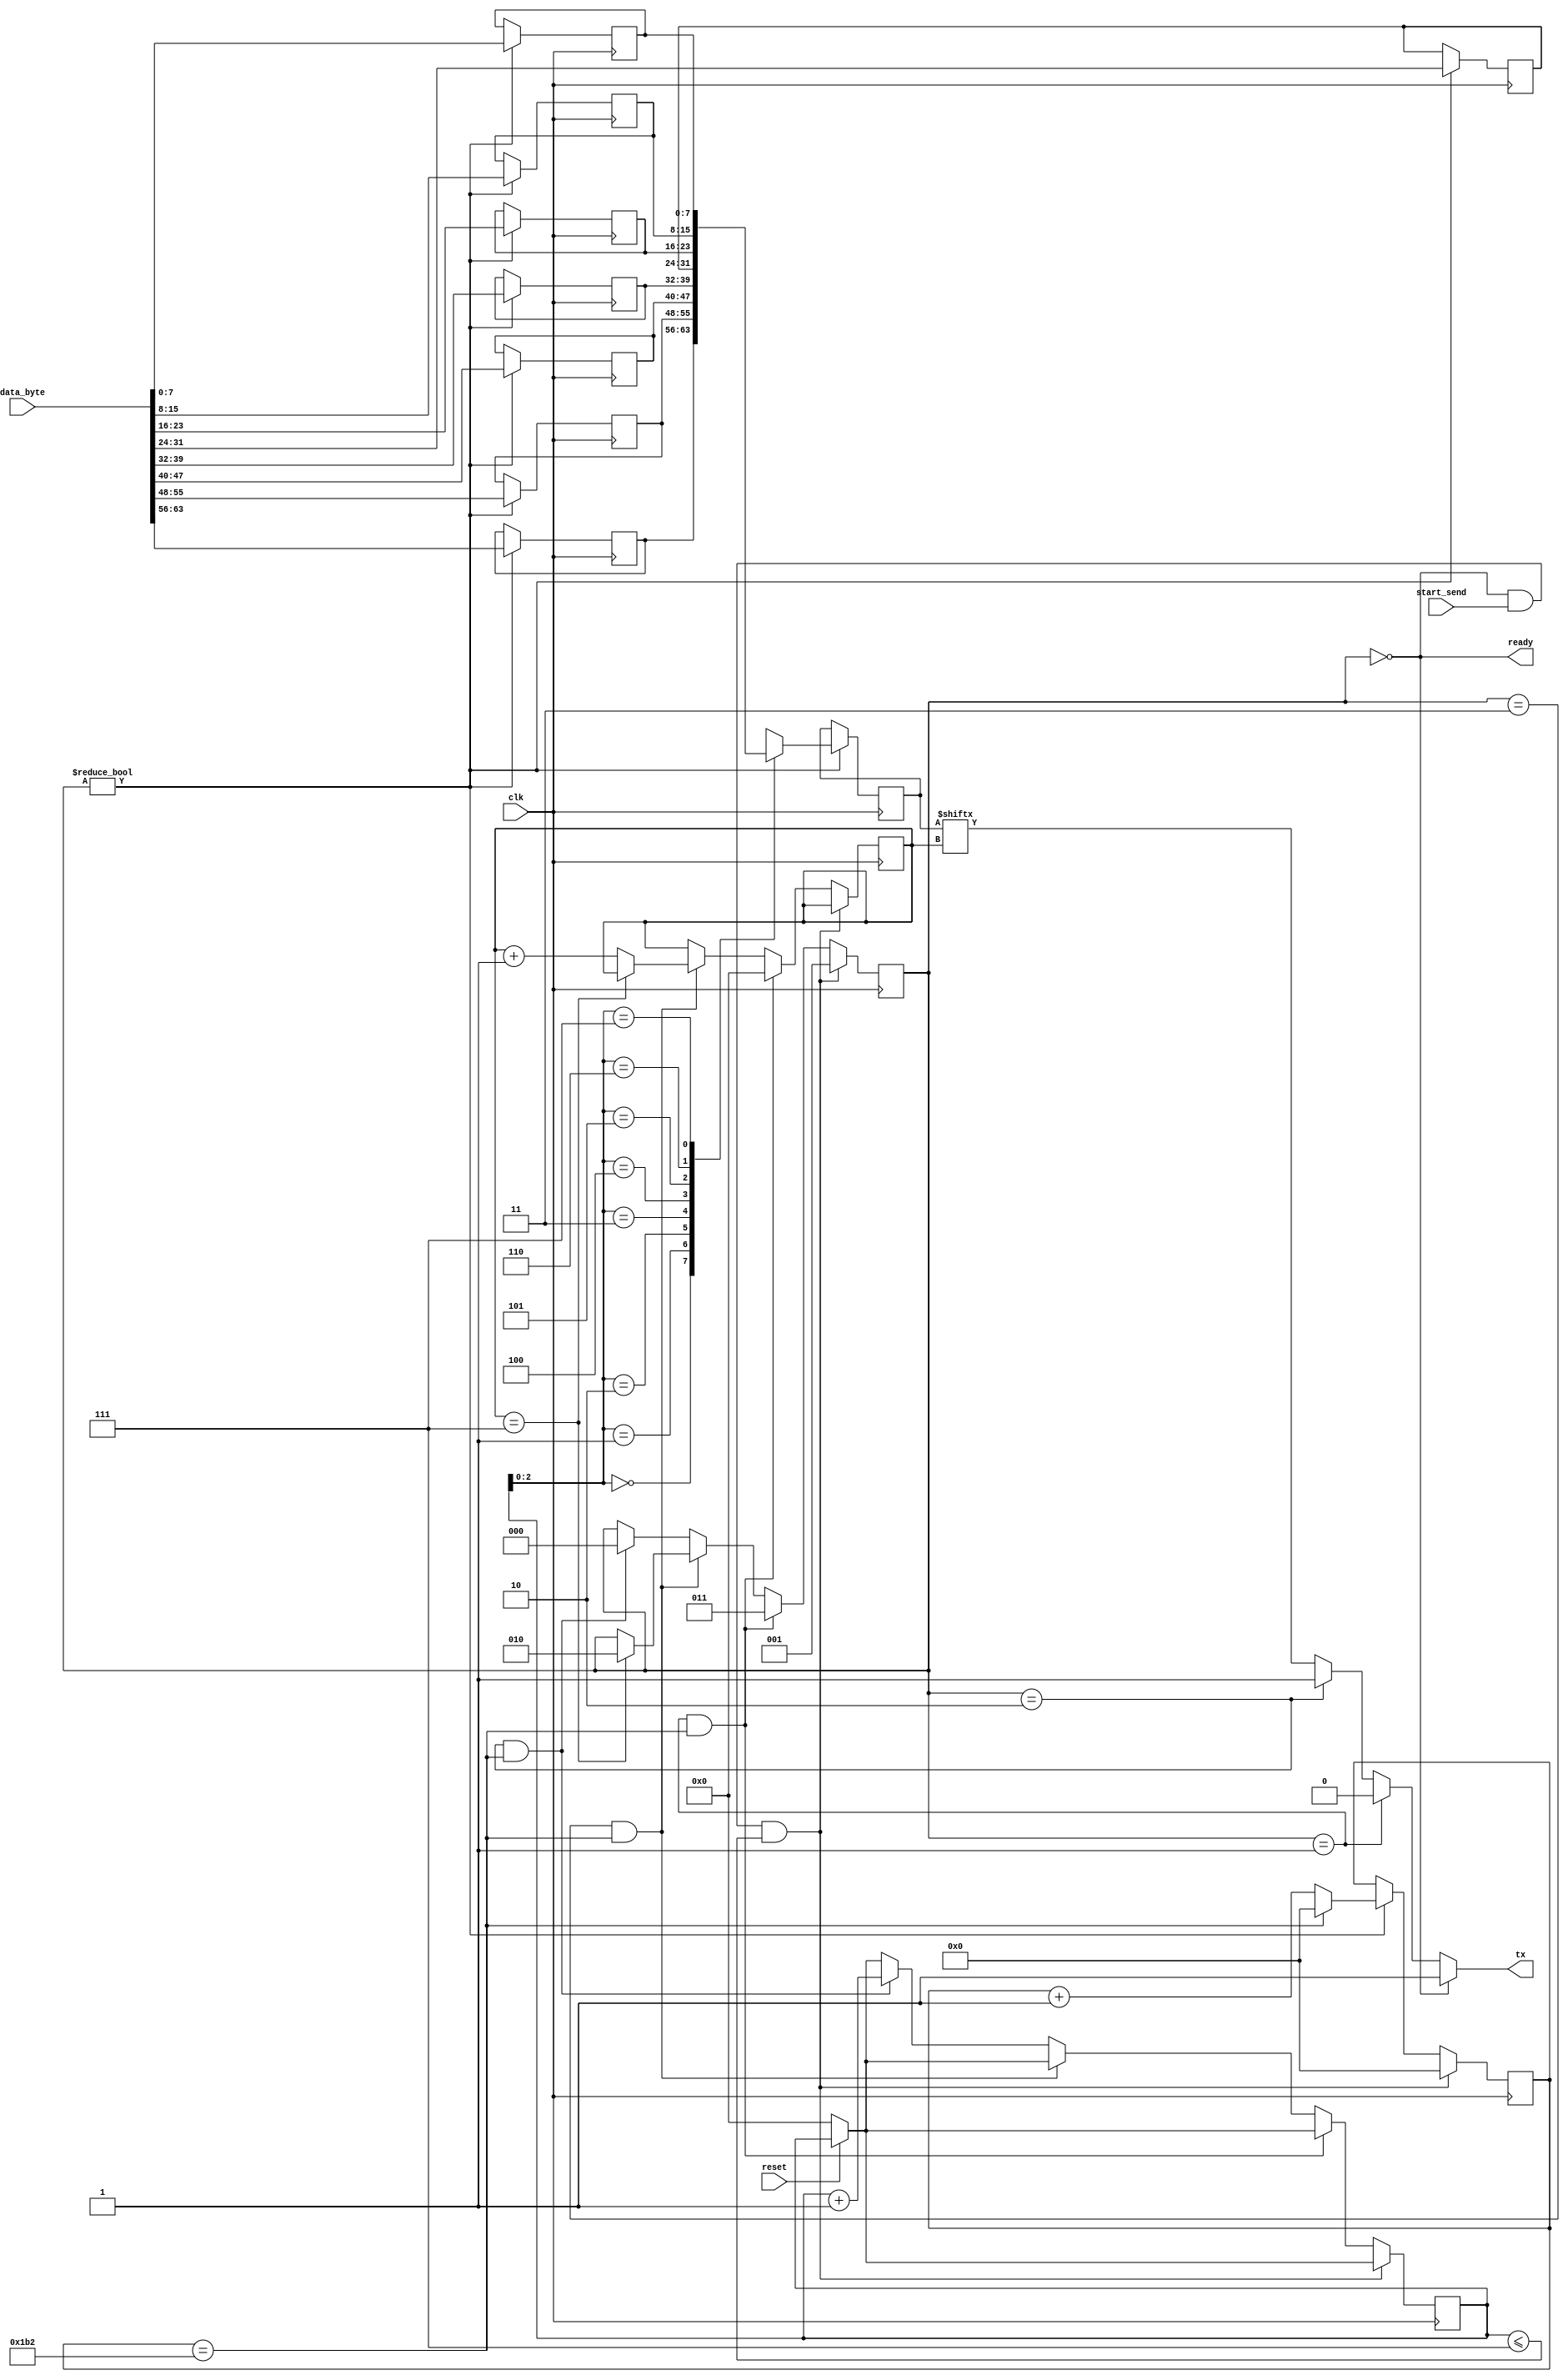
module uart_send #(parameter BAUD_RATE = 115200,
                   parameter CLOCK_SPEED_MHZ = 50)
                  (input [63:0] data_byte, 
                  input start_send, 
                  input clk, reset,
                  output tx,
                  output ready);

        parameter integer CYCLES_WAIT = CLOCK_SPEED_MHZ * 1e6 / BAUD_RATE;

        parameter IDLE = 0;
        parameter START_BIT = 1;
        parameter END_BIT = 2;
        parameter DATA_BIT = 3;

        reg [2:0] state = IDLE;
        reg [15:0] cycle_count = 0;
        reg [3:0] bit_index = 0;
        reg [7:0] data;
		  reg [3:0] i = 0;
		  reg [7:0] myData [0:7];

        assign tx = state == IDLE ? 1 :
                    state == START_BIT ? 0 :
                    state == END_BIT ? 1 :
                    data[bit_index];

        assign ready = state == IDLE;

        always @(posedge clk) begin
				if(~reset) i <= 0;
				// this block is responsible for maniging counter and data
            if(state != IDLE) begin
						myData[7] <= data_byte[7:0];   myData[6] <= data_byte[15:8];  myData[5] <= data_byte[23:16]; myData[4] <= data_byte[31:24];
						myData[3] <= data_byte[39:32]; myData[2] <= data_byte[47:40]; myData[1] <= data_byte[55:48]; myData[0] <= data_byte[63:56];
                data <= myData[i];
                if(cycle_count == CYCLES_WAIT) cycle_count <= 0;
                else cycle_count <= cycle_count + 1;
				end
				// firstly the module would be in the idle state until start signal is high
            if(state == IDLE && start_send && (i <= 7)) begin
                state <= START_BIT; // change state to start bit
                cycle_count <= 0; // reset the counter
				// when in start bit state and the counter finish
            end else if(state == START_BIT && cycle_count == CYCLES_WAIT) begin
                state <= DATA_BIT;// change the state to data 
                bit_index <= 0; // set the bit index to 0
					 
				// when in the data bit and the cycle counter finishes 
            end else if(state == DATA_BIT && cycle_count == CYCLES_WAIT) begin
                if(bit_index == 7) state <= END_BIT; // if you reached the last bit move to the end bit state
                else bit_index <= bit_index + 1; // other wise increment the bit index and stay for another 16 cycles
				// if in end bit state and the counter finishes 
            end else if(state == END_BIT && cycle_count == CYCLES_WAIT) begin
					 i <= i + 1;
                state <= IDLE; // move to the idle state
            end
        end

endmodule


//module uart_send #(
//    parameter BAUD_RATE = 115200,
//    parameter CLOCK_SPEED_MHZ = 50
//) (
//    input [63:0] data_byte,
//    input start_send,
//    input clk,
//    output tx,
//    output ready
//);
//
//    parameter integer CYCLES_WAIT = CLOCK_SPEED_MHZ * 1e6 / BAUD_RATE;
//
//    parameter IDLE = 0;
//    parameter START_BIT = 1;
//    parameter END_BIT = 2;
//    parameter DATA_BIT = 3;
//
//    reg [2:0] state = IDLE;
//    reg [15:0] cycle_count = 0;
//    reg [6:0] bit_index = 0;
//	 reg [3:0] cBit = 0;
//    reg [7:0] data [7:0];
//    reg [63:0] remaining_data = 0;
//
//    assign tx = state == IDLE ? 1 :
//                state == START_BIT ? 0 :
//                state == END_BIT ? 1 :
//                data[bit_index][cBit];
//
//    assign ready = state == IDLE && remaining_data == 0;
//
//    always @(posedge clk) begin
//        if (state != IDLE) begin
//            if (cycle_count == CYCLES_WAIT) begin
//                cycle_count <= 0;
//					 if (cBit == 7) begin
//						if (bit_index == 7) begin
//                    bit_index <= 0;
//						end
//						else begin
//                    bit_index <= bit_index + 1;
//                end
//					 remaining_data <= remaining_data >> 8;
//					 cBit <= 0;
//					end else begin
//					cBit <= cBit +1;
//					end
//            end
//            else begin
//                cycle_count <= cycle_count + 1;
//            end
//        end
//
//        if (state != IDLE && cycle_count == CYCLES_WAIT) begin
//            data[bit_index] <= remaining_data[7:0];
//        end
//
//        if (state == IDLE && start_send) begin
//            state <= START_BIT;
//            cycle_count <= 0;
//            remaining_data <= data_byte;
//        end
//        else if (state == START_BIT && cycle_count == CYCLES_WAIT) begin
//            state <= DATA_BIT;
//        end
//        else if (state == DATA_BIT && cycle_count == CYCLES_WAIT) begin
//            if (bit_index == 7) begin
//                if (remaining_data != 0)
//                    state <= START_BIT;
//                else
//                    state <= END_BIT;
//            end
//        end
//        else if (state == END_BIT && cycle_count == CYCLES_WAIT) begin
//            state <= IDLE;
//        end
//    end
//
//endmodule